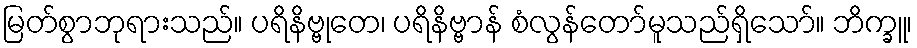
မြတ်စွာဘုရားသည်။ ပရိနိဗ္ဗုတေ၊ ပရိနိဗ္ဗာန် စံလွန်တော်မူသည်ရှိသော်။ ဘိက္ခူ၊